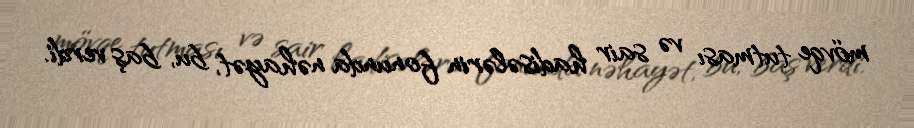
mövqe tutması və sair hadisələrin fonunda nəhayət, bu, baş verdi.